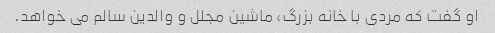
او گفت که مردی با خانه بزرگ، ماشین مجلل و والدین سالم می خواهد.